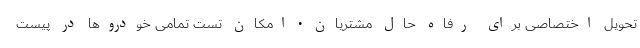
تحویل اختصاصی برای رفاه حال مشتریان • امکان تست تمامی خودروها در پیست